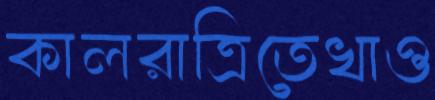
কালরাত্রিতেখাও